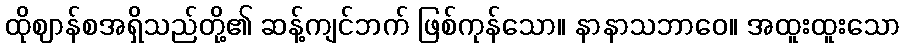
ထိုဈာန်စအရှိသည်တို့၏ ဆန့်ကျင်ဘက် ဖြစ်ကုန်သော။ နာနာသဘာဝေ။ အထူးထူးသော